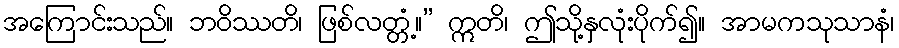
အကြောင်းသည်။ ဘဝိဿတိ၊ ဖြစ်လတ္တံ့။” ဣတိ၊ ဤသို့နှလုံးပိုက်၍။ အာမကသုသာနံ၊